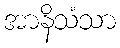
အာနိသံသာ